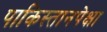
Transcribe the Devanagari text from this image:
पाकिस्तानपेक्षा